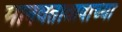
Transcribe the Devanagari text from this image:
मानवतावादाच्या